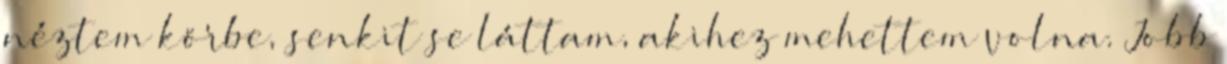
néztem körbe, senkit se láttam, akihez mehettem volna. Jobb